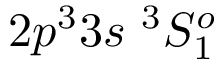
{ 2 p ^ { 3 } 3 s ~ ^ { 3 } S _ { 1 } ^ { o } }